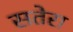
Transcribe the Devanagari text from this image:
सतेरा